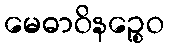
မေဓာဝိနဉ္စေဝ